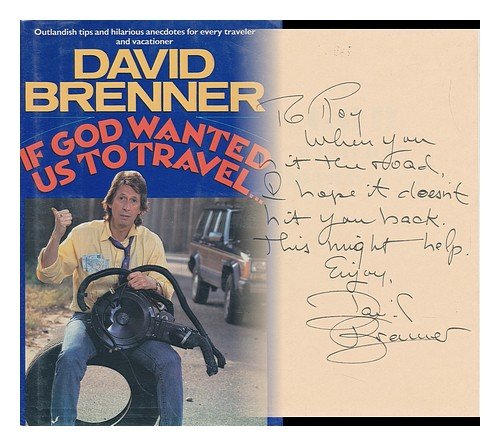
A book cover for If God Wanted Us to Travel...; David Brenner; Travel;